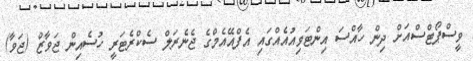
ވީސްޕޯޓްސްއަށް ދިން ހާއްސަ އިންޓަވިއުއެއްގައި އެފްއޭއެމްގެ ޖެނެރަލް ސެކްރެޓަރީ ހުސެއިން ޖަވާޒް (ޖަވާ)